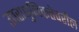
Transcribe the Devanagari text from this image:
उत्तराधुनिकतेवरील